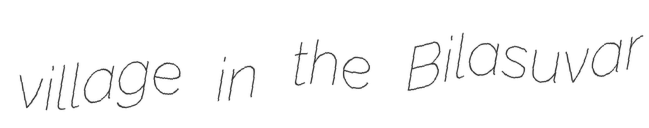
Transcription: village in the Bilasuvar